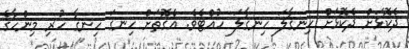
ދެކޮޅަށް ދެކޮޅަށް ހިނގާލަ ހިނގާލަ ހުއްޓެވެ. އެގޮތަށް ހިނގަ ހިނގާ ހުރި މިންހާގެ